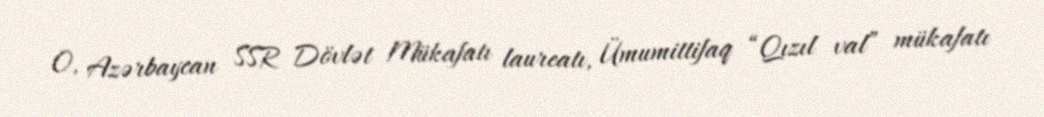
O, Azərbaycan SSR Dövlət Mükafatı laureatı, Ümumittifaq “Qızıl val” mükafatı